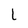
Character: l